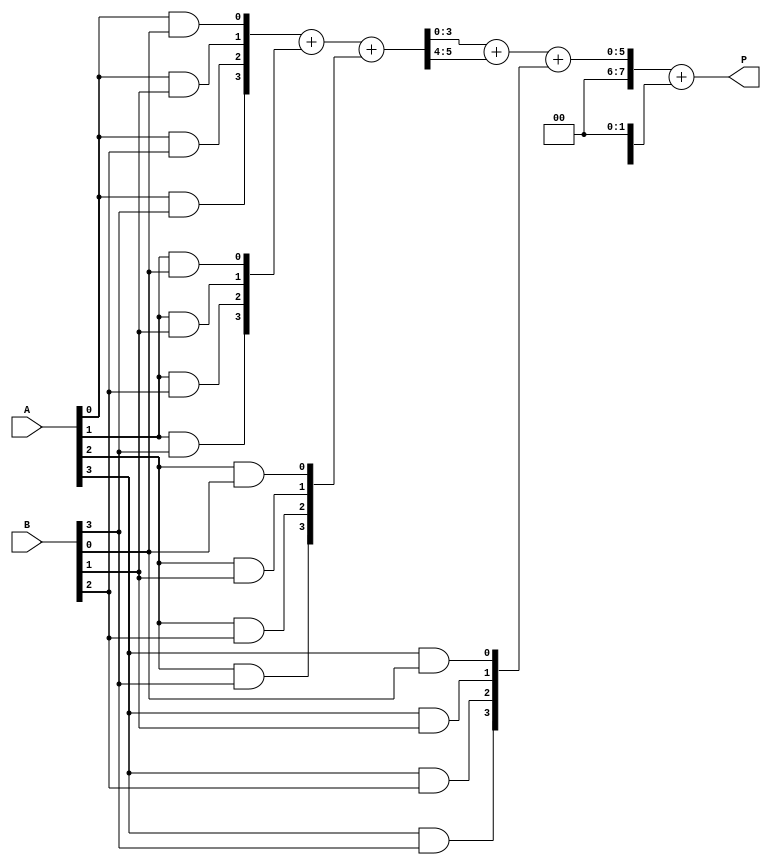
module WallaceTreeMultiplier #(parameter N = 4) (
    input  wire [N-1:0] A,  // N-bit input A
    input  wire [N-1:0] B,  // N-bit input B
    output wire [2*N-1:0] P // 2N-bit product output
);

    // Generate partial products
    wire [N-1:0] pp [N-1:0]; // Partial product matrix

    genvar i, j;
    generate
        for (i = 0; i < N; i = i + 1) begin : gen_partial_products
            for (j = 0; j < N; j = j + 1) begin : gen_PP
                assign pp[i][j] = A[i] & B[j];
            end
        end
    endgenerate

    // Reduction stage using Carry-Save Adders (CSAs)
    wire [N-1:0] sum [N-1:0];
    wire [N-1:0] carry [N-1:0];

    // First stage of CSAs combines three bits
    genvar k;
    generate
        for (k = 0; k < N; k = k + 1) begin : CSA_stage1
            if (k % 3 == 0 && k + 2 < N) begin
                assign {carry[k/3], sum[k/3]} = pp[k] + pp[k+1] + pp[k+2];
            end
            else if (k % 3 == 0 && k + 1 < N) begin
                assign {carry[k/3], sum[k/3]} = pp[k] + pp[k+1];
            end
            else if (k % 3 == 0) begin
                assign sum[k/3] = pp[k];
            end
        end
    endgenerate

    // Continue reducing until we have two rows left
    wire [N-1:0] final_sum [N-1:0];
    wire [N-1:0] final_carry [N-1:0];

    // Second stage of CSAs
    generate
        for (k = 0; k < N/3; k = k + 1) begin : CSA_stage2
            assign {final_carry[k], final_sum[k]} = sum[k] + carry[k] + sum[k+1];
        end
    endgenerate

    // Final addition using a normal adder (usually larger inputs)
    wire [2*N-1:0] final_result; // to store the final result
    assign final_result = {final_carry[0], final_sum[0]} + {1'b0, final_sum[N/3]} ;

    // Final product output
    assign P = final_result;

endmodule